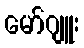
မော်ဂျူး